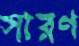
সারণ